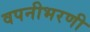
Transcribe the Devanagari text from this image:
वपनीभरणी